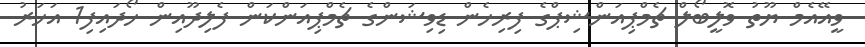
ވީއޭއެމް ޔޫތު ވޮލީބޯލް ޗެމްޕިއަންޝިޕްގެ ފިރިހެން ޑިވިޝަންގެ ޗެމްޕިއަންކަން ފެލިދޫއިން ހޯދައިފި1 އަހަރު